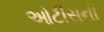
ઓટીસની